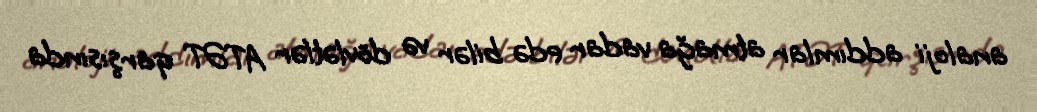
analoji addımlar atmağa vadar edə bilər və dövlətlər ATƏT qarşısında